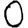
Digit: 0